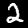
Label: 2